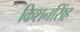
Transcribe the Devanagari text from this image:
किशनसिंह